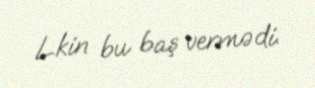
Lkin bu baş vermədi.